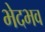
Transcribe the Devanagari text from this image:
भेदभव